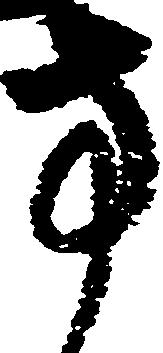
方